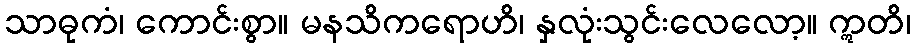
သာဓုကံ၊ ကောင်းစွာ။ မနသိကရောဟိ၊ နှလုံးသွင်းလေလော့။ ဣတိ၊